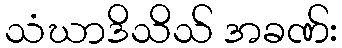
သံဃာဒိသိသ် အခဏ်း